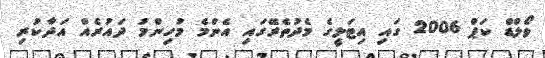
ވޯލްޑް ކަޕް 2006 ގައި އިޓަލީގެ މެދުތެރޭގައި އެންމެ މުހިންމު ދައުރެއް އަދާކުރި